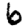
Digit: 6